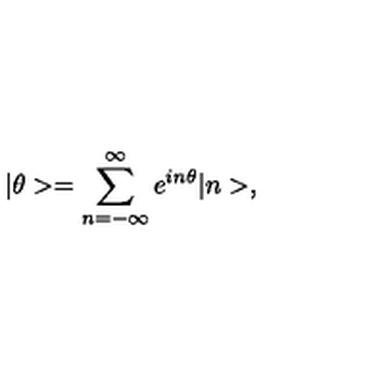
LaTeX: | \theta > = \sum _ { n = - \infty } ^ { \infty } e ^ { i n \theta } | n > ,